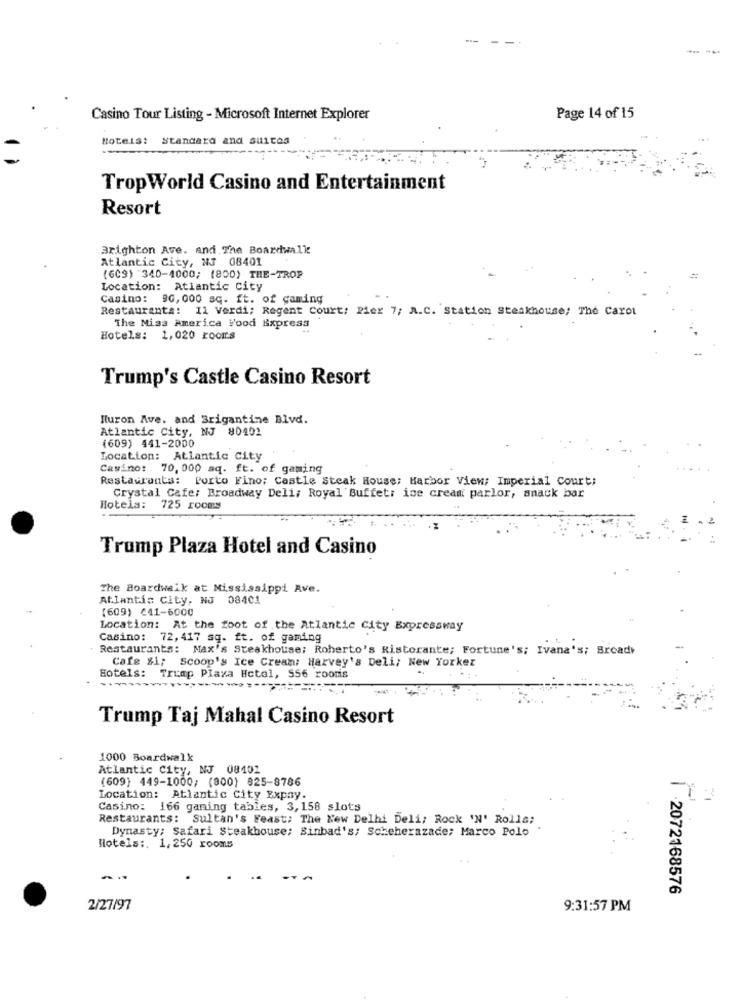
-- --
Casino Tour Listing - Microsoft Internet Explorer
Page 14 of 15
Hotels: Standard and suites
TropWorld Casino and Entertainment
Resort
Brighton Ave. and The Boardwalk
Atlantic City, NJ 08401
(609) 340-4000; (800) THE-TROP
Location: Atlantic City
Casino: 90,000 sq. ft. of gaming
Restauranta: 11 Verdi; Regent Court; Pier 7; A.C. Station steakhouse; The Carol
The Miss America Food Express
Hotels: 1,020 rooms
Trump's Castle Casino Resort
Huron Ave. and Brigantine Blvd.
Atlantic City, NJ 80401
(609) 441-2000
Location: Atlantic City
Casino: 70,000 sq. ft. of gaming
Restaurants: Porto Fino; Castle Steak House; Harbor View: Imperial Court;
Crystal Cafe: Broadway Deli; Royal Buffet: ice cream parlor, snack bar
Hotels: 725 rooms
Trump Plaza Hotel and Casino
The Boardwalk at Mississippi Ave.
Atlantic City, NJ 08401
(609) 641-6000
Location: At the foot of the Atlantic City Expressway
Casino: 72, 417 sq. ft. of gaming
Restaurants: Max's Steakhouse: Roberto's Ristorante; Fortune's; Ivana's; Broad
Cafe &1; Scoop's Ice Cream: Harvey's Deli; New Yorker
Hotels: Trump Plaza Hotel, 556 roomis
Trump Taj Mahal Casino Resort
1000 Boardwalk
Atlantic City, NJ 08101
(609) 449-1000; (800) 825-8786
Location: Atlantic City Expay.
Casino: 166 gaming tables, 3, 158 slots
Restaurants: Sultan's Feast; The New Delhi Deli; Rock 'N' Rolls;
Dynasty: Safari Steakhouse; Sinbad's; Scheherazade; Marco Polo
Hotels :. 1,250 rooms
| 2072168576
2/27/97
9:31:57 PM